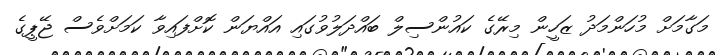
މަގާމަށް މުހަންމަދު ޒަހީން މިރޭގެ ކައުންސިލް ބައްދަލުވުގައި އައްޔަން ކޮށްފައިވާ ކަމަށްވެސް ޖޭޕީގެ